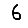
Digit: 6